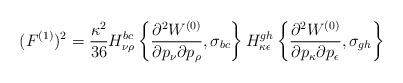
LaTeX: \begin{align*}(F^{(1)})^2=\frac{\kappa^2}{36}H_{\nu\rho}^{bc}\left\{\frac{\partial^2 W^{(0)}}{\partial p_\nu\partial p_\rho},\sigma_{bc}\right\}H_{\kappa\epsilon}^{gh}\left\{\frac{\partial^2 W^{(0)}}{\partial p_\kappa\partial p_\epsilon},\sigma_{gh}\right\}\end{align*}